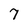
Character: 7